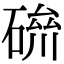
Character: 𥔪